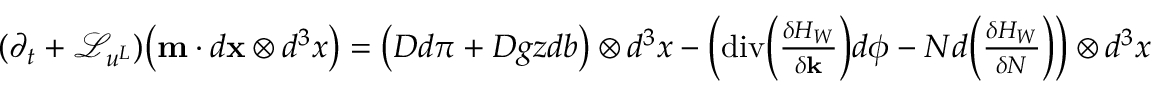
\begin{array} { r } { ( \partial _ { t } + \mathcal { L } _ { u ^ { L } } ) \big ( \mathbf { m } \cdot d { \mathbf { x } } \otimes d ^ { 3 } x \big ) = \left( D d \pi + D g z d b \right) \otimes d ^ { 3 } x - \left( \mathrm { d i v } \Big ( \frac { \delta H _ { W } } { \delta { \mathbf { k } } } \Big ) d \phi - N d \Big ( \frac { \delta H _ { W } } { \delta N } \Big ) \right) \otimes d ^ { 3 } x } \end{array}